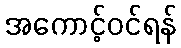
အကောင့်ဝင်ရန်